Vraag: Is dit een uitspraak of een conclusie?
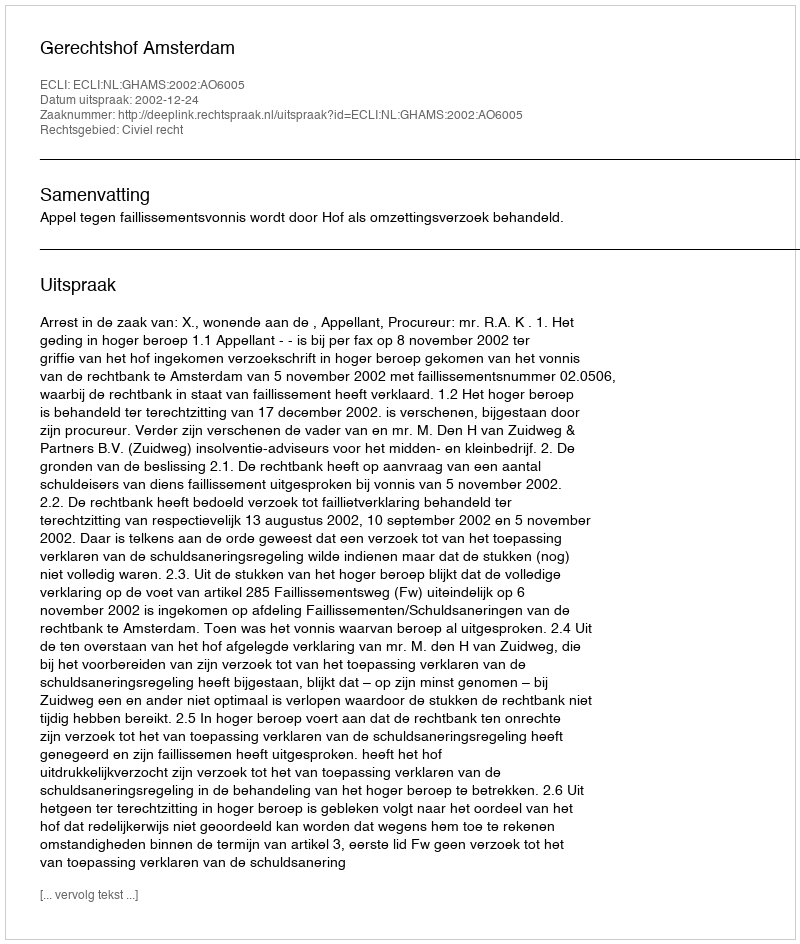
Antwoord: Uitspraak